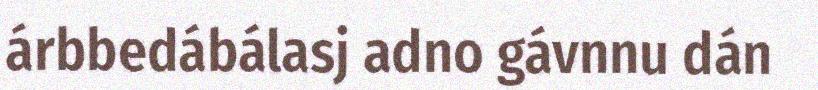
árbbedábálasj adno gávnnu dán